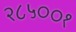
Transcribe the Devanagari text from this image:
२८५००१